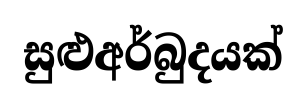
සුළුඅර්බුදයක්